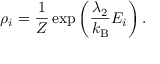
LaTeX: \rho _ { i } = { \frac { 1 } { Z } } \exp \left( { \frac { \lambda _ { 2 } } { k _ { \mathrm { B } } } } E _ { i } \right) .